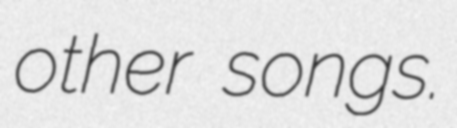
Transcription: other songs.